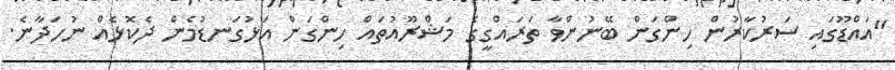
"އައްޑޫގައި ސަރުކާރުން ހިންގަން ބޭނުންވާ ތަރައްގީގެ މަޝްރޫއުތައް ހިންގަން އަޅުގަނޑުމެން ދެކޮޅެއް ނުހަދާނެ.